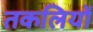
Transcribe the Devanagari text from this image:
तकलियों